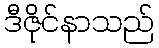
ဒီဇိုင်နာသည်